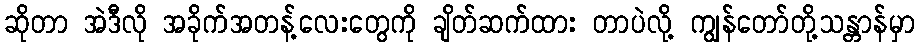
ဆိုတာ အဲဒီလို အခိုက်အတန့်လေးတွေကို ချိတ်ဆက်ထား တာပဲလို့ ကျွန်တော်တို့သန္တာန်မှာ